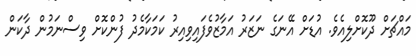
މައްޗަށް ދޫކޮށްލިއެވެ. އުޑަށް އޭނަގެ ނަޒަރު އަމާޒުވެފައިވިއިރު ކަމަކާމެދު ފުންކޮށް ވިސްނަމުން ދާކަން